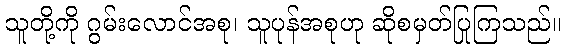
သူတို့ကို ဂွမ်းလောင်အစု၊ သူပုန်အစုဟု ဆိုစမှတ်ပြုကြသည်။